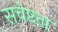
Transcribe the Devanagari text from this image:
सचेष्टता